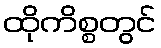
ထိုကိစ္စတွင်